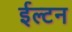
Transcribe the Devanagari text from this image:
ईल्टन